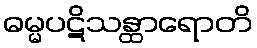
ဓမ္မပဋိသန္ထာရောတိ